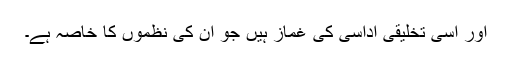
اور اسی تخلیقی اداسی کی غماز ہیں جو ان کی نظموں کا خاصہ ہے۔